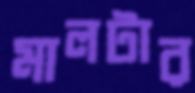
মালটার